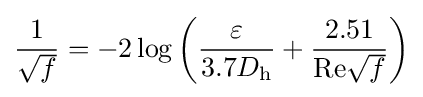
{\frac {1}{\sqrt {f}}}=-2\log \left({\frac {\varepsilon }{3.7D_{\mathrm {h} }}}+{\frac {2.51}{\mathrm {Re} {\sqrt {f}}}}\right)